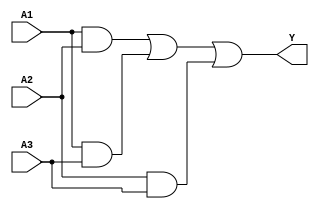
module sop_simplification (
    input wire A1,   // Input A1
    input wire A2,   // Input A2
    input wire A3,   // Input A3
    output wire Y    // Output Y
);

// Intermediate signals for product terms
wire term1; // A1 AND A2
wire term2; // A1 AND A3
wire term3; // A2 AND A3

// Implementing the product terms using AND gates
assign term1 = A1 & A2; // AND gate for A1 and A2
assign term2 = A1 & A3; // AND gate for A1 and A3
assign term3 = A2 & A3; // AND gate for A2 and A3

// Final output Y is the OR of the product terms
assign Y = term1 | term2 | term3; // OR gate combining the product terms

endmodule